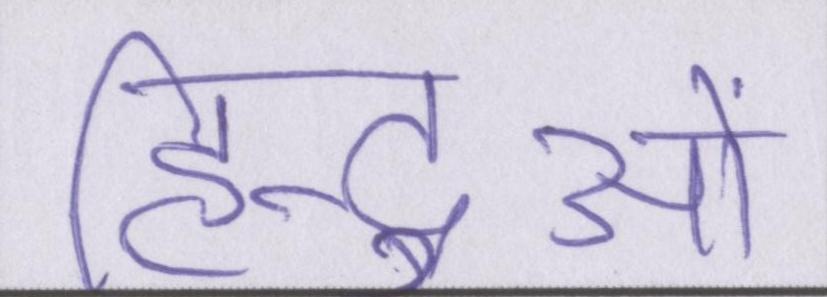
हिन्दुओं